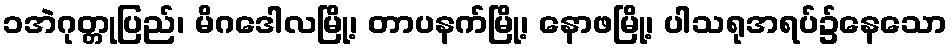
၁အဲဂုတ္တုပြည်၊ မိဂဒေါလမြို့၊ တာပနက်မြို့၊ နောဖမြို့၊ ပါသရုအရပ်၌နေသော